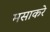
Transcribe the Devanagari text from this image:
मसाकरे